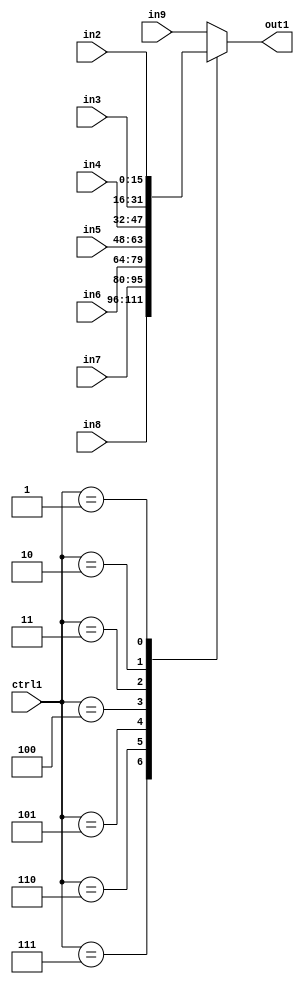
`timescale 1ps / 1ps
/*****************************************************************************
    Verilog RTL Description
    
    
    Created by: Stratus DpOpt 21.05.01 
*******************************************************************************/

module dut_N_Mux_16_8_22_4_0 (
	in9,
	in8,
	in7,
	in6,
	in5,
	in4,
	in3,
	in2,
	ctrl1,
	out1
	); /* architecture "behavioural" */ 
input [15:0] in9,
	in8,
	in7,
	in6,
	in5,
	in4,
	in3,
	in2;
input [2:0] ctrl1;
output [15:0] out1;
wire [15:0] asc001;

reg [15:0] asc001_tmp_0;
assign asc001 = asc001_tmp_0;
always @ (ctrl1 or in8 or in7 or in6 or in5 or in4 or in3 or in2 or in9) begin
	case (ctrl1)
		3'B111 : asc001_tmp_0 = in8 ;
		3'B110 : asc001_tmp_0 = in7 ;
		3'B101 : asc001_tmp_0 = in6 ;
		3'B100 : asc001_tmp_0 = in5 ;
		3'B011 : asc001_tmp_0 = in4 ;
		3'B010 : asc001_tmp_0 = in3 ;
		3'B001 : asc001_tmp_0 = in2 ;
		default : asc001_tmp_0 = in9 ;
	endcase
end

assign out1 = asc001;
endmodule

/* CADENCE  vbP1Qg0= : u9/ySxbfrwZIxEzHVQQV8Q== ** DO NOT EDIT THIS LINE ******/